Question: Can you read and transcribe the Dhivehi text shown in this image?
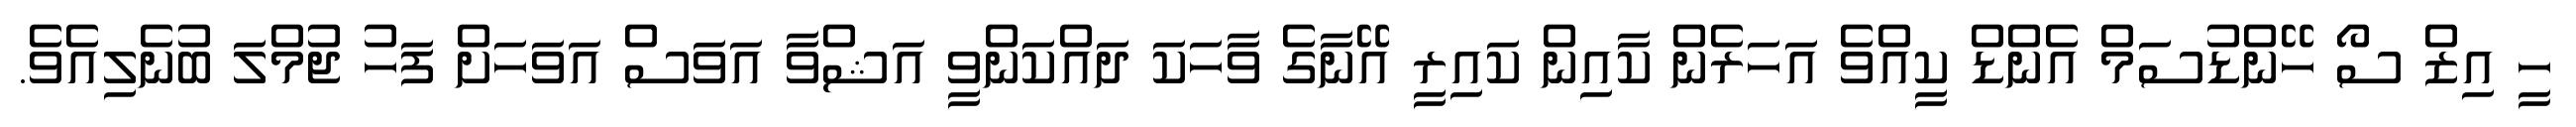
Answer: ހީ އިޒް ސޯ ހޭންޑުސަމް އެންޑް ކީއްވެ އަހަރެން ކާއިން ކައިރީ އޭނާގެ ވާހަކަ ދައްކަންވީ އަޝްވާ އަވަސް އަވަހަށް ފަހު ޖުމްލަ ބުނެލިއެވެ.